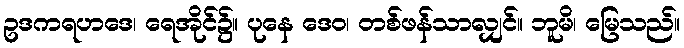
ဥဒကရဟဒေ၊ ရေအိုင်၌။ ပုနေ ဒေဝ၊ တစ်ဖန်သာလျှင်။ ဘူမိ၊ မြေသည်။